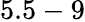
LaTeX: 5.5-9